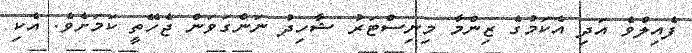
ފެއިލްވެ އަދި އެކަމުގެ ޒިންމާ މިނިސްޓަރު ޝާހިދު ނަންގަވަން ޖެހޭތީ ކަމަށެވެ. އެކި